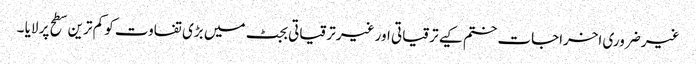
غیر ضروری اخراجات ختم کیے ترقیاتی اور غیر ترقیاتی بجٹ میں بڑی تفاوت کو کم ترین سطح پر لایا ۔